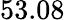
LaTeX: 53.08